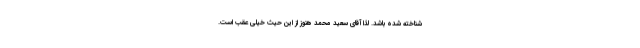
شناخته شده باشد. لذا آقای سعید محمد هنوز از این حیث خیلی عقب است.